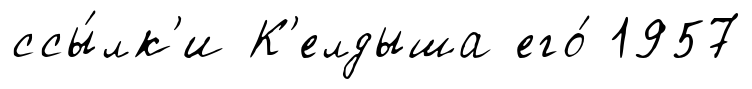
ссы́лк'и К'елдыша его́ 1957